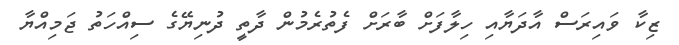
ޒިކާ ވައިރަސް އާދަޔާއި ހިލާފަށް ބާރަށް ފެތުރެމުން ދާތީ ދުނިޔޭގެ ސިއްހަތު ޖަމިއްޔާ